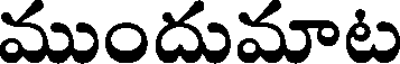
ముందుమాట